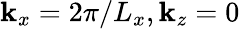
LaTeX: \mathbf{k}_{x}=2\pi/L_{x},\mathbf{k}_{z}=0